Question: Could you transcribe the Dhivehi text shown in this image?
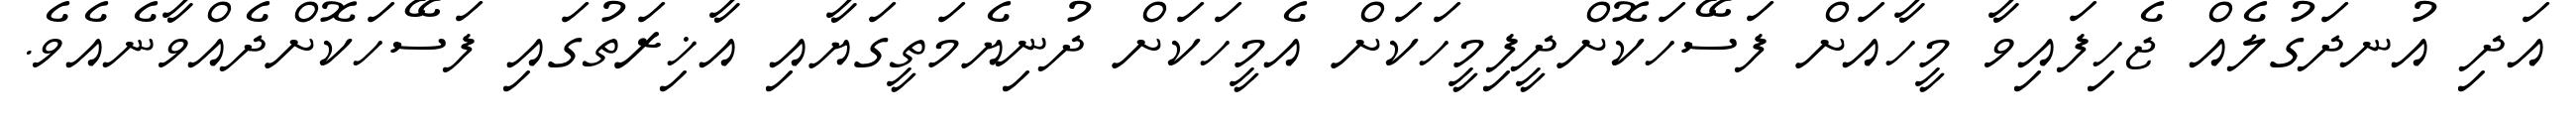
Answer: އަދި އުނދަގުލެއް ޖެހިފައިވާ މީހާއަށް ފަސޭހަކޮށްދީފިމީހަކަށް އެމީހަކަށް ދުނިޔެމަތީގަޔާއި އާޚިރަތުގައި ފަސޭހަކޮށްދެއްވާނެއެވެ.